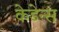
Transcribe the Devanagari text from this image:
केडेन्स